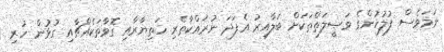
ނަމަވެސް ފުލުހުންގެ ވަޞީލަތްތަކަށް ބަލާއިރު އެފަދަ ނުރައްކާތެރި ހަތިޔާރާއި ގޮވާތަކެއްޗާއި ގުޅުން ހުރި